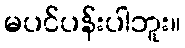
မပင်ပန်းပါဘူး။